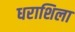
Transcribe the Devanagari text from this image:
धराशिला